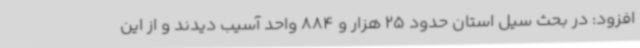
افزود: در بحث سیل استان حدود 25 هزار و 884 واحد آسیب دیدند و از این